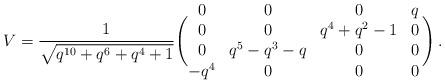
LaTeX: \begin{align*} V = \frac{1}{\sqrt{q^{10}+q^6+q^4+1}} \Biggl( \begin{matrix} 0 & 0 & 0 & q \\ 0 & 0 & q^4+q^2-1 & 0 \\ 0 & q^5-q^3-q & 0 & 0 \\ - q^4 & 0 & 0 & 0 \end{matrix} \, \Biggr) \,.\end{align*}